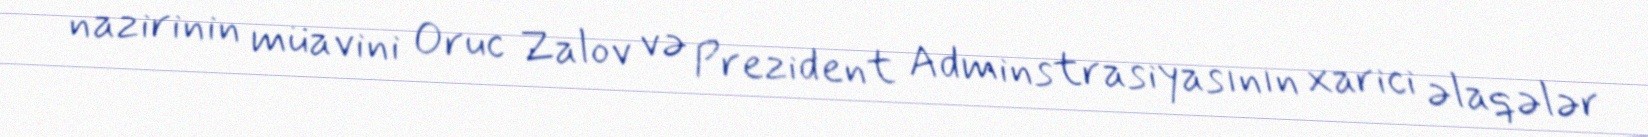
nazirinin müavini Oruc Zalov və Prezident Adminstrasiyasının xarici əlaqələr